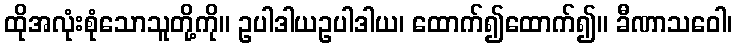
ထိုအလုံးစုံသောသူတို့ကို။ ဥပါဒါယဥပါဒါယ၊ ထောက်၍ထောက်၍။ ခီဏာသဝေါ၊